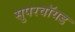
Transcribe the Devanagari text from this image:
सुपरवॉयड